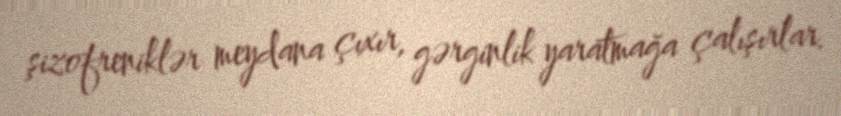
şizofreniklər meydana çıxır, gərginlik yaratmağa çalışırlar.